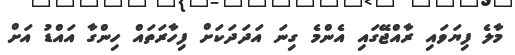
މާލެ ފިޔަވައި ރާއްޖޭގައި އެންމެ ގިނަ އަދަދަކަށް ފިހާރަތައް ހިންގާ އައްޑު އަށް